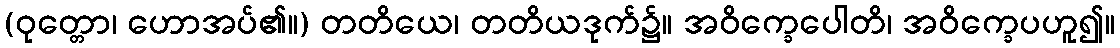
(ဝုတ္တော၊ ဟောအပ်၏။) တတိယေ၊ တတိယဒုက်၌။ အဝိက္ခေပေါတိ၊ အဝိက္ခေပဟူ၍။